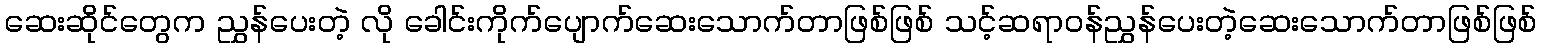
ဆေးဆိုင်တွေက ညွှန်ပေးတဲ့ လို ခေါင်းကိုက်ပျောက်ဆေးသောက်တာဖြစ်ဖြစ် သင့်ဆရာဝန်ညွှန်ပေးတဲ့ဆေးသောက်တာဖြစ်ဖြစ်